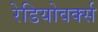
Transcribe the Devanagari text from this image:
रेडियोवर्क्स